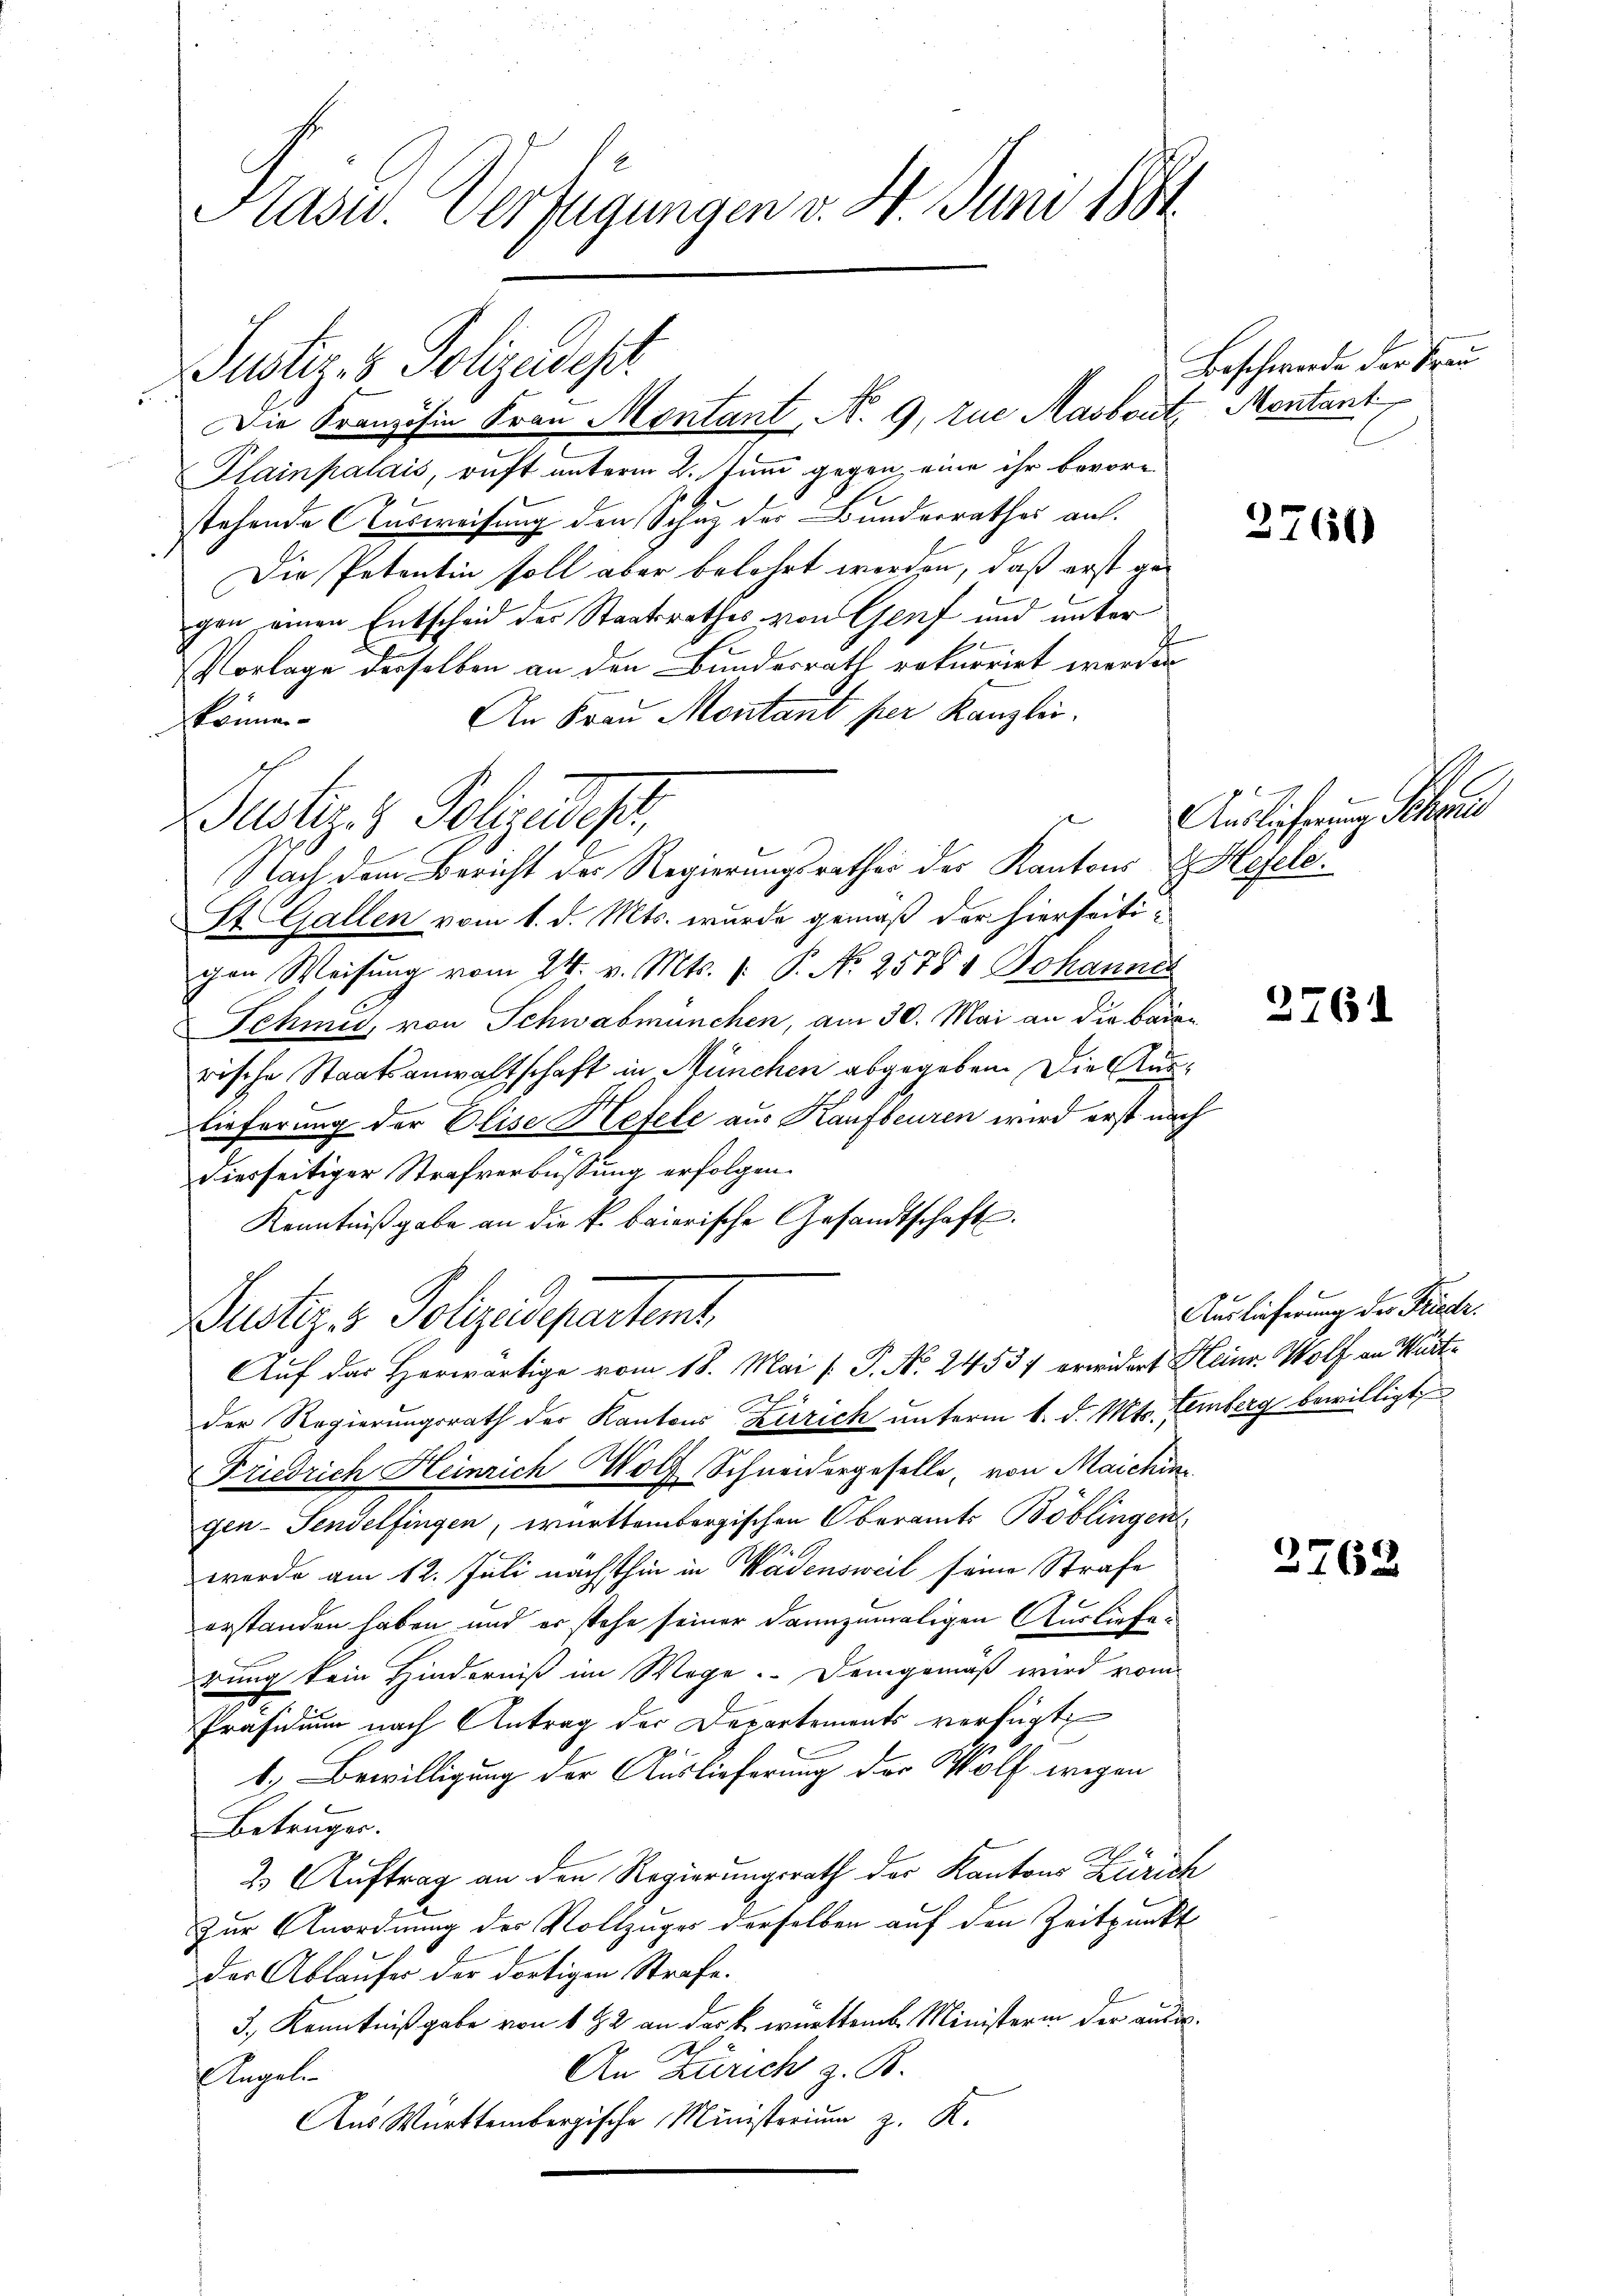
Präsid. Verfügungen v. 4. Juni 188

Die Französin Frau Montant, N. 9, zue Masbout, Montant
Plainpalais, ruft unterm 2. Juni gegen, eine ihr bevore
stehende Ausweisung den Schutz der Bundesrathes auf.
Die Petentin soll aber belehrt werden, daß erst gegen einen Entscheid der Staatsrathes von Genf und unter
Vorlage derselben an den Bundesrath rekurrirt werden
An Frau Montant per Kanzlis
können
Justiz- & Polizeides,
Nach dem Bericht der Regierungsrathes der Kantons E. Hefele:
St. Gallen vom 1. d. Mts. wurde gemäß der hierseitigen Weisung vom 24. v. Mts. 1. P. No 2575 & Johannes
Schmid, von Schwabmünchen, am 30. Mai an die baurische Staatsanwaltschaft in München abgegeben. Die Auslieferung der Elise Hefele aus Kaufbeuren wird erst nach
dierseitiger Strafverbüssung erfolgen.
Kenntnißgabe an die k. baierische Gesandtschaft.
Justiz & Polizeidepartamt
Auf das Herwärtige vom 18. Mai [ P. No. 2453 erwidert Heinr. Wolf an Würtder Regierungsrath der Kantons Zürich unterm 1. d. Mts. Lemberg bewilligt
Friedrich Heinrich Wolf Schneidergeselle, von Maichin
gen-Senselfingen, württembergischen Oberamts Böblingen
werde am 12. Juli nächsthin in Wädensweil seine Strafe
erstanden haben und er stehe seiner dannzumaligen Auslieferung kein Hinderniß im Wege. Demgemäß wird vom
Präsidium nach Antrag der Departements verfügt
1.) Bewilligung der Auslieferung der Wolf wegen
Betruger.
2. Auftrag an den Regierungsrath der Kantons Zürich
Zur Anordnung der Vollzuger derselben auf den Zeitpunkt
der Ablaufer der dortigen Strafe.
3., Kenntnißgabe von 1 42 an der k. württemb. Ministerin der aus¬
An Zürich z. B.
egeln
Aus Württembergische Ministerium z. K.

Justiz- & Polizeidepr

Beschwerde der Frau

2760)

Auslicherung Schrei

2761

Auslieferung der Friedr.

2763